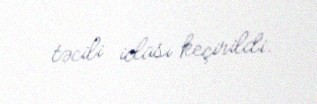
təcili iclası keçirildi.